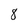
Character: 8